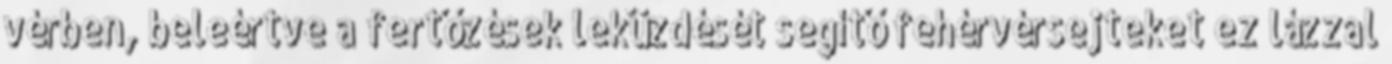
vérben, beleértve a fertőzések leküzdését segítő fehérvérsejteket ez lázzal